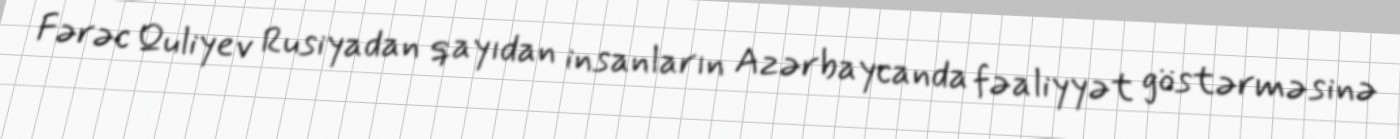
Fərəc Quliyev Rusiyadan qayıdan insanların Azərbaycanda fəaliyyət göstərməsinə